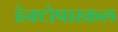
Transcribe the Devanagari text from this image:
हेक्टोपास्कल